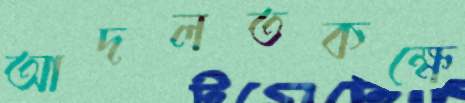
আদলতকক্ষে